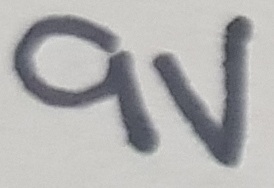
Text: 9V